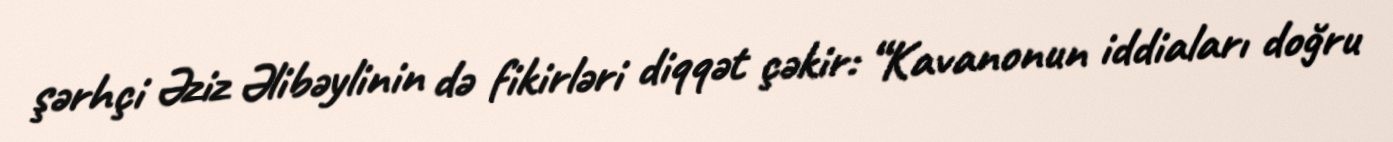
şərhçi Əziz Əlibəylinin də fikirləri diqqət çəkir: “Kavanonun iddiaları doğru